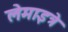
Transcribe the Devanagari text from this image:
लेमाइत्रे